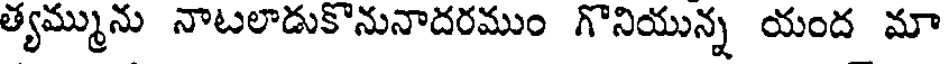
త్యమ్మును నాటలాడుకొనునాదరముం గొనియున్న యంద మా